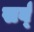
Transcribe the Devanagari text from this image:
सर्व्